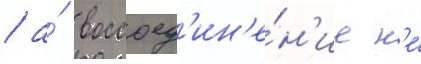
/ а́ воссоед'ин'е́н'ие н'е́